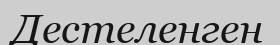
Дестеленген